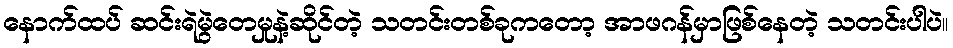
နောက်ထပ် ဆင်းရဲမွဲတေမှုနဲ့ဆိုင်တဲ့ သတင်းတစ်ခုကတော့ အာဖဂန်မှာဖြစ်နေတဲ့ သတင်းပါပဲ။